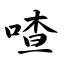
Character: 喳